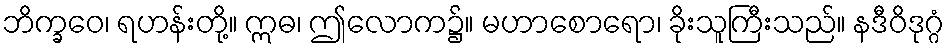
ဘိက္ခဝေ၊ ရဟန်းတို့။ ဣဓ၊ ဤလောက၌။ မဟာစောရော၊ ခိုးသူကြီးသည်။ နဒီဝိဒုဂ္ဂံ